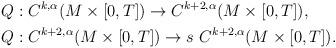
LaTeX: \begin{align*}&Q:C^{k,\alpha}(M\times [0,T]) \rightarrow C^{k+2,\alpha}(M\times [0,T]), \\&Q:C^{k+2,\alpha}(M\times [0,T]) \rightarrow s \ C^{k+2,\alpha}(M\times [0,T]).\end{align*}